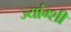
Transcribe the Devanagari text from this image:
ज्यांग्शी